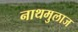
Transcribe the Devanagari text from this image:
नाथमुलाज